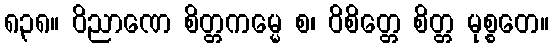
၈၃၈။ ဝိညာဏေ စိတ္တကမ္မေ စ၊ ဝိစိတ္တေ စိတ္တ မုစ္စတေ။